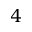
4